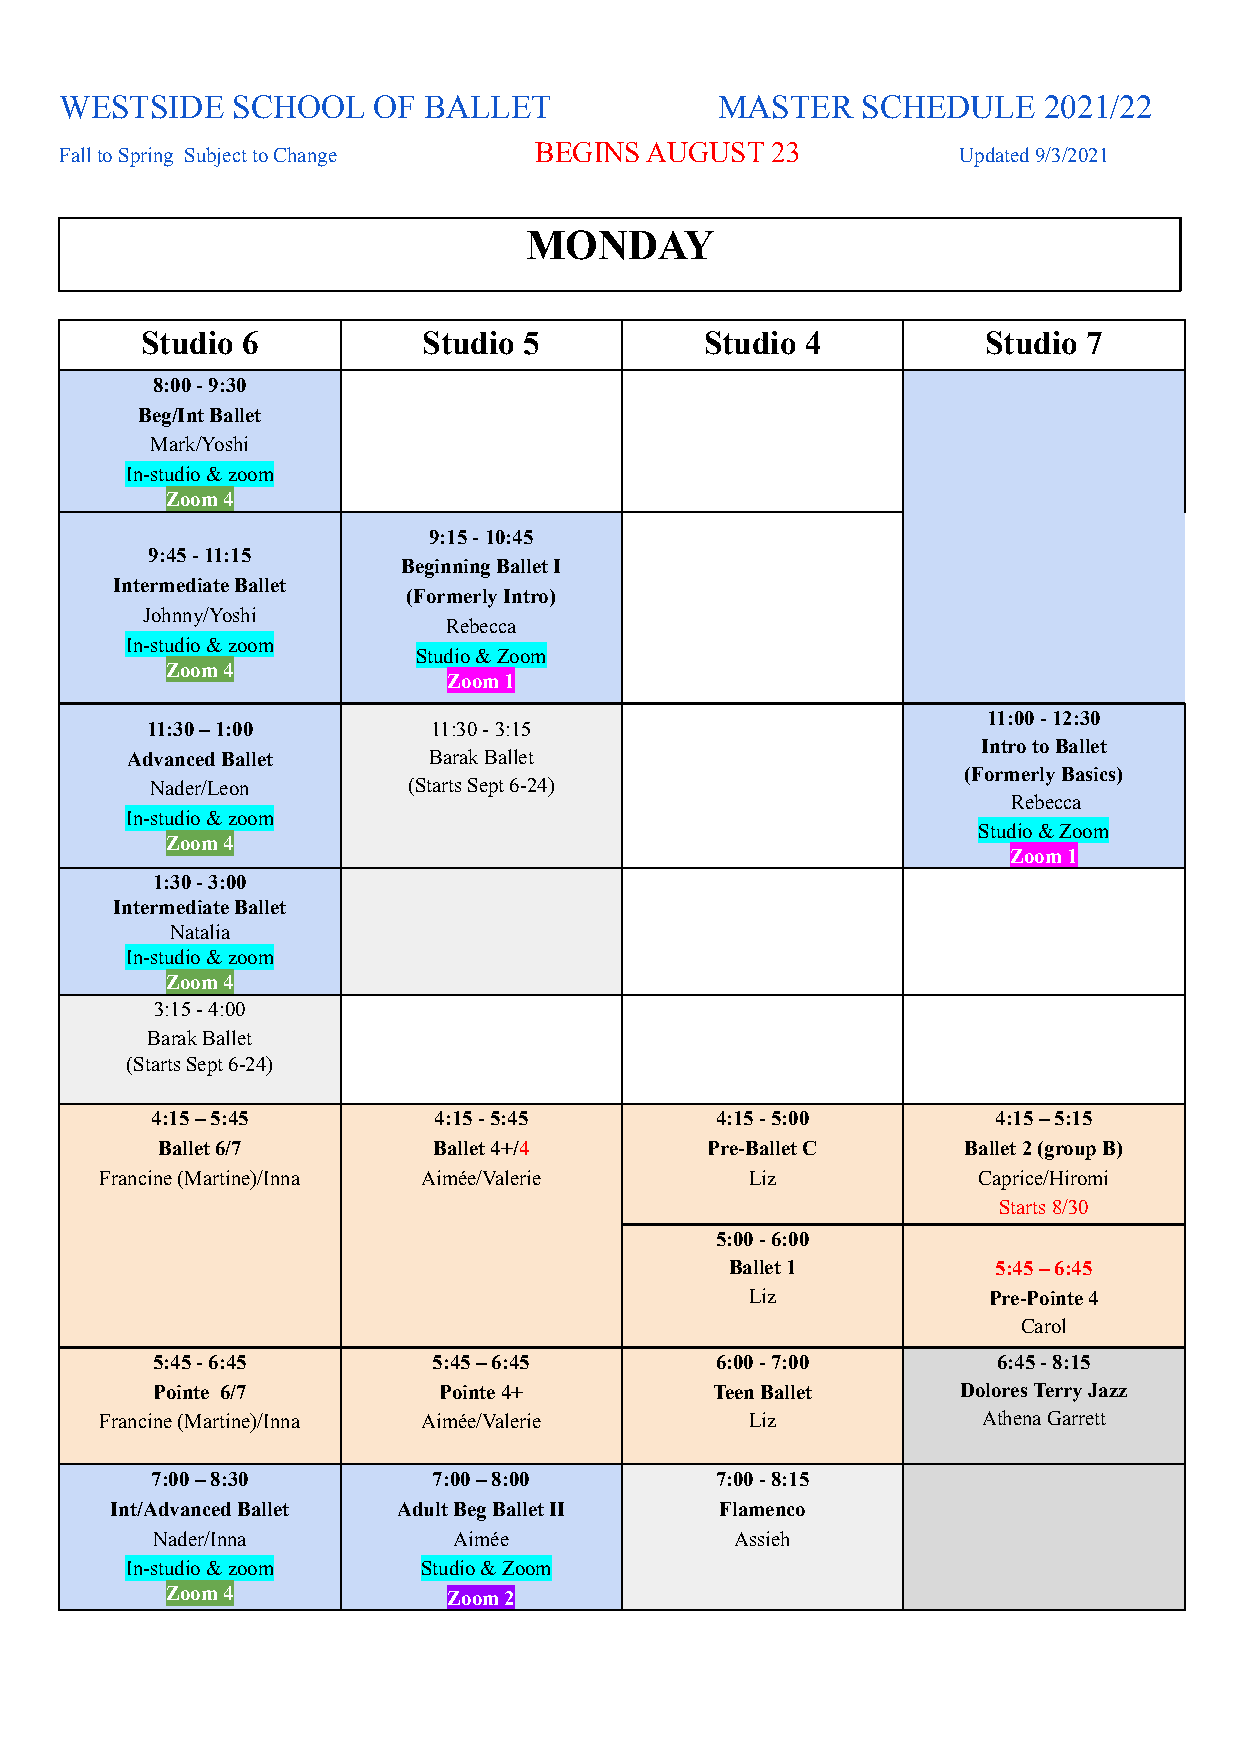
WESTSIDE   SCHOOL    OF BALLET             MASTER    SCHEDULE    2021/22
 BEGINS  AUGUST  23
 Fall to Spring Subject to Change                           Updated9/3/2021
 MONDAY
 Studio 6           Studio 5           Studio 4          Studio 7
 8:00 - 9:30
 Beg/Int Ballet
 Mark/Yoshi
 In-studio & zoom
 Zoom 4
 9:15 - 10:45
 9:45 - 11:15
 Beginning Ballet I
 Intermediate Ballet
 (Formerly Intro)
 Johnny/Yoshi
 Rebecca
 In-studio & zoom
 Studio & Zoom
 Zoom 4
 Zoom 1
 11:00 - 12:30
 11:30 – 1:00      11:30 - 3:15
 Intro to Ballet
 Advanced Ballet     Barak Ballet
 (Formerly Basics)
 Nader/Leon       (Starts Sept 6-24)
 Rebecca
 In-studio & zoom
 Studio & Zoom
 Zoom 4
 Zoom 1
 1:30 - 3:00
 Intermediate Ballet
 Natalia
 In-studio & zoom
 Zoom 4
 3:15 - 4:00
 Barak Ballet
 (Starts Sept 6-24)
 4:15 –5:45         4:15 - 5:45       4:15 - 5:00        4:15 – 5:15
 Ballet 6/7         Ballet 4+/4       Pre-Ballet C     Ballet 2 (group B)
 Francine (Martine)/Inna Aimée/Valerie      Liz            Caprice/Hiromi
 Starts 8/30
 5:00 - 6:00
 Ballet 1          5:45 – 6:45
 Liz            Pre-Pointe 4
 Carol
 5:45 - 6:45        5:45 – 6:45       6:00 - 7:00        6:45 - 8:15
 Pointe 6/7         Pointe4+          Teen Ballet      Dolores Terry Jazz
 Francine (Martine)/Inna Aimée/Valerie      Liz            Athena Garrett
 7:00 – 8:30        7:00 – 8:00       7:00 - 8:15
 Int/Advanced Ballet Adult Beg Ballet II  Flamenco
 Nader/Inna          Aimée              Assieh
 In-studio & zoom    Studio & Zoom
 Zoom 4             Zoom 2